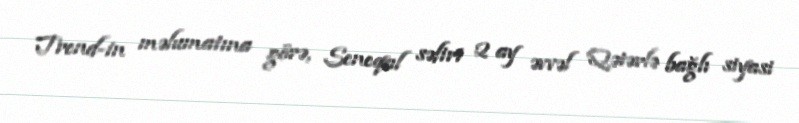
Trend-in məlumatına görə, Seneqal səfiri 2 ay əvvəl Qətərlə bağlı siyasi